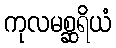
ကုလမစ္ဆရိယံ